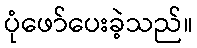
ပုံဖော်ပေးခဲ့သည်။